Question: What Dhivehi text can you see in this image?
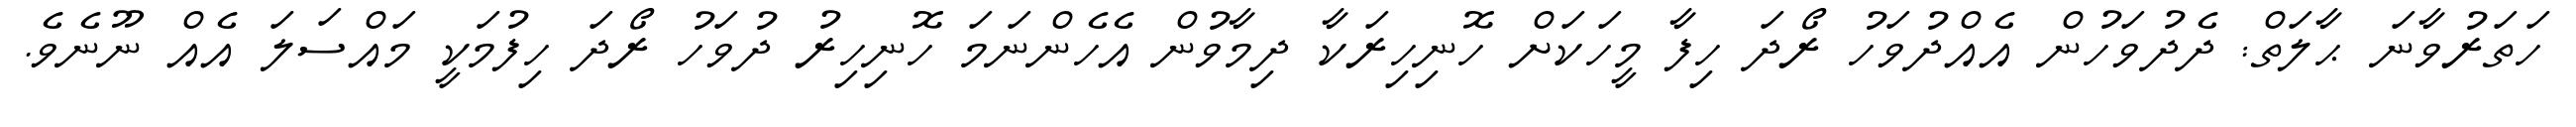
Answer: ހަތަރުވާނަ ޙާލަތް: ދެދުވަހުން އެއްދުވަހު ރޯދަ ހިފާ މީހަކަށް ހޮނިހިރަކާ ދިމާވުން އެހެންނަމަ ހޮނިހިރު ދުވަހު ރޯދަ ހިފުމަކީ މައްސަލަ އެއް ނޫނެވެ.